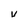
Character: V